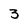
Character: 3